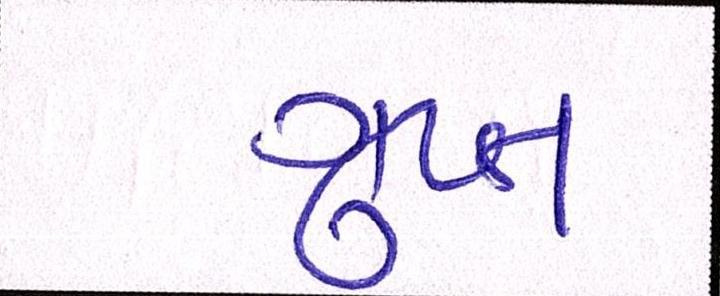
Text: ગુપ્ત